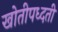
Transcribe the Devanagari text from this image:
खोतीपध्दती